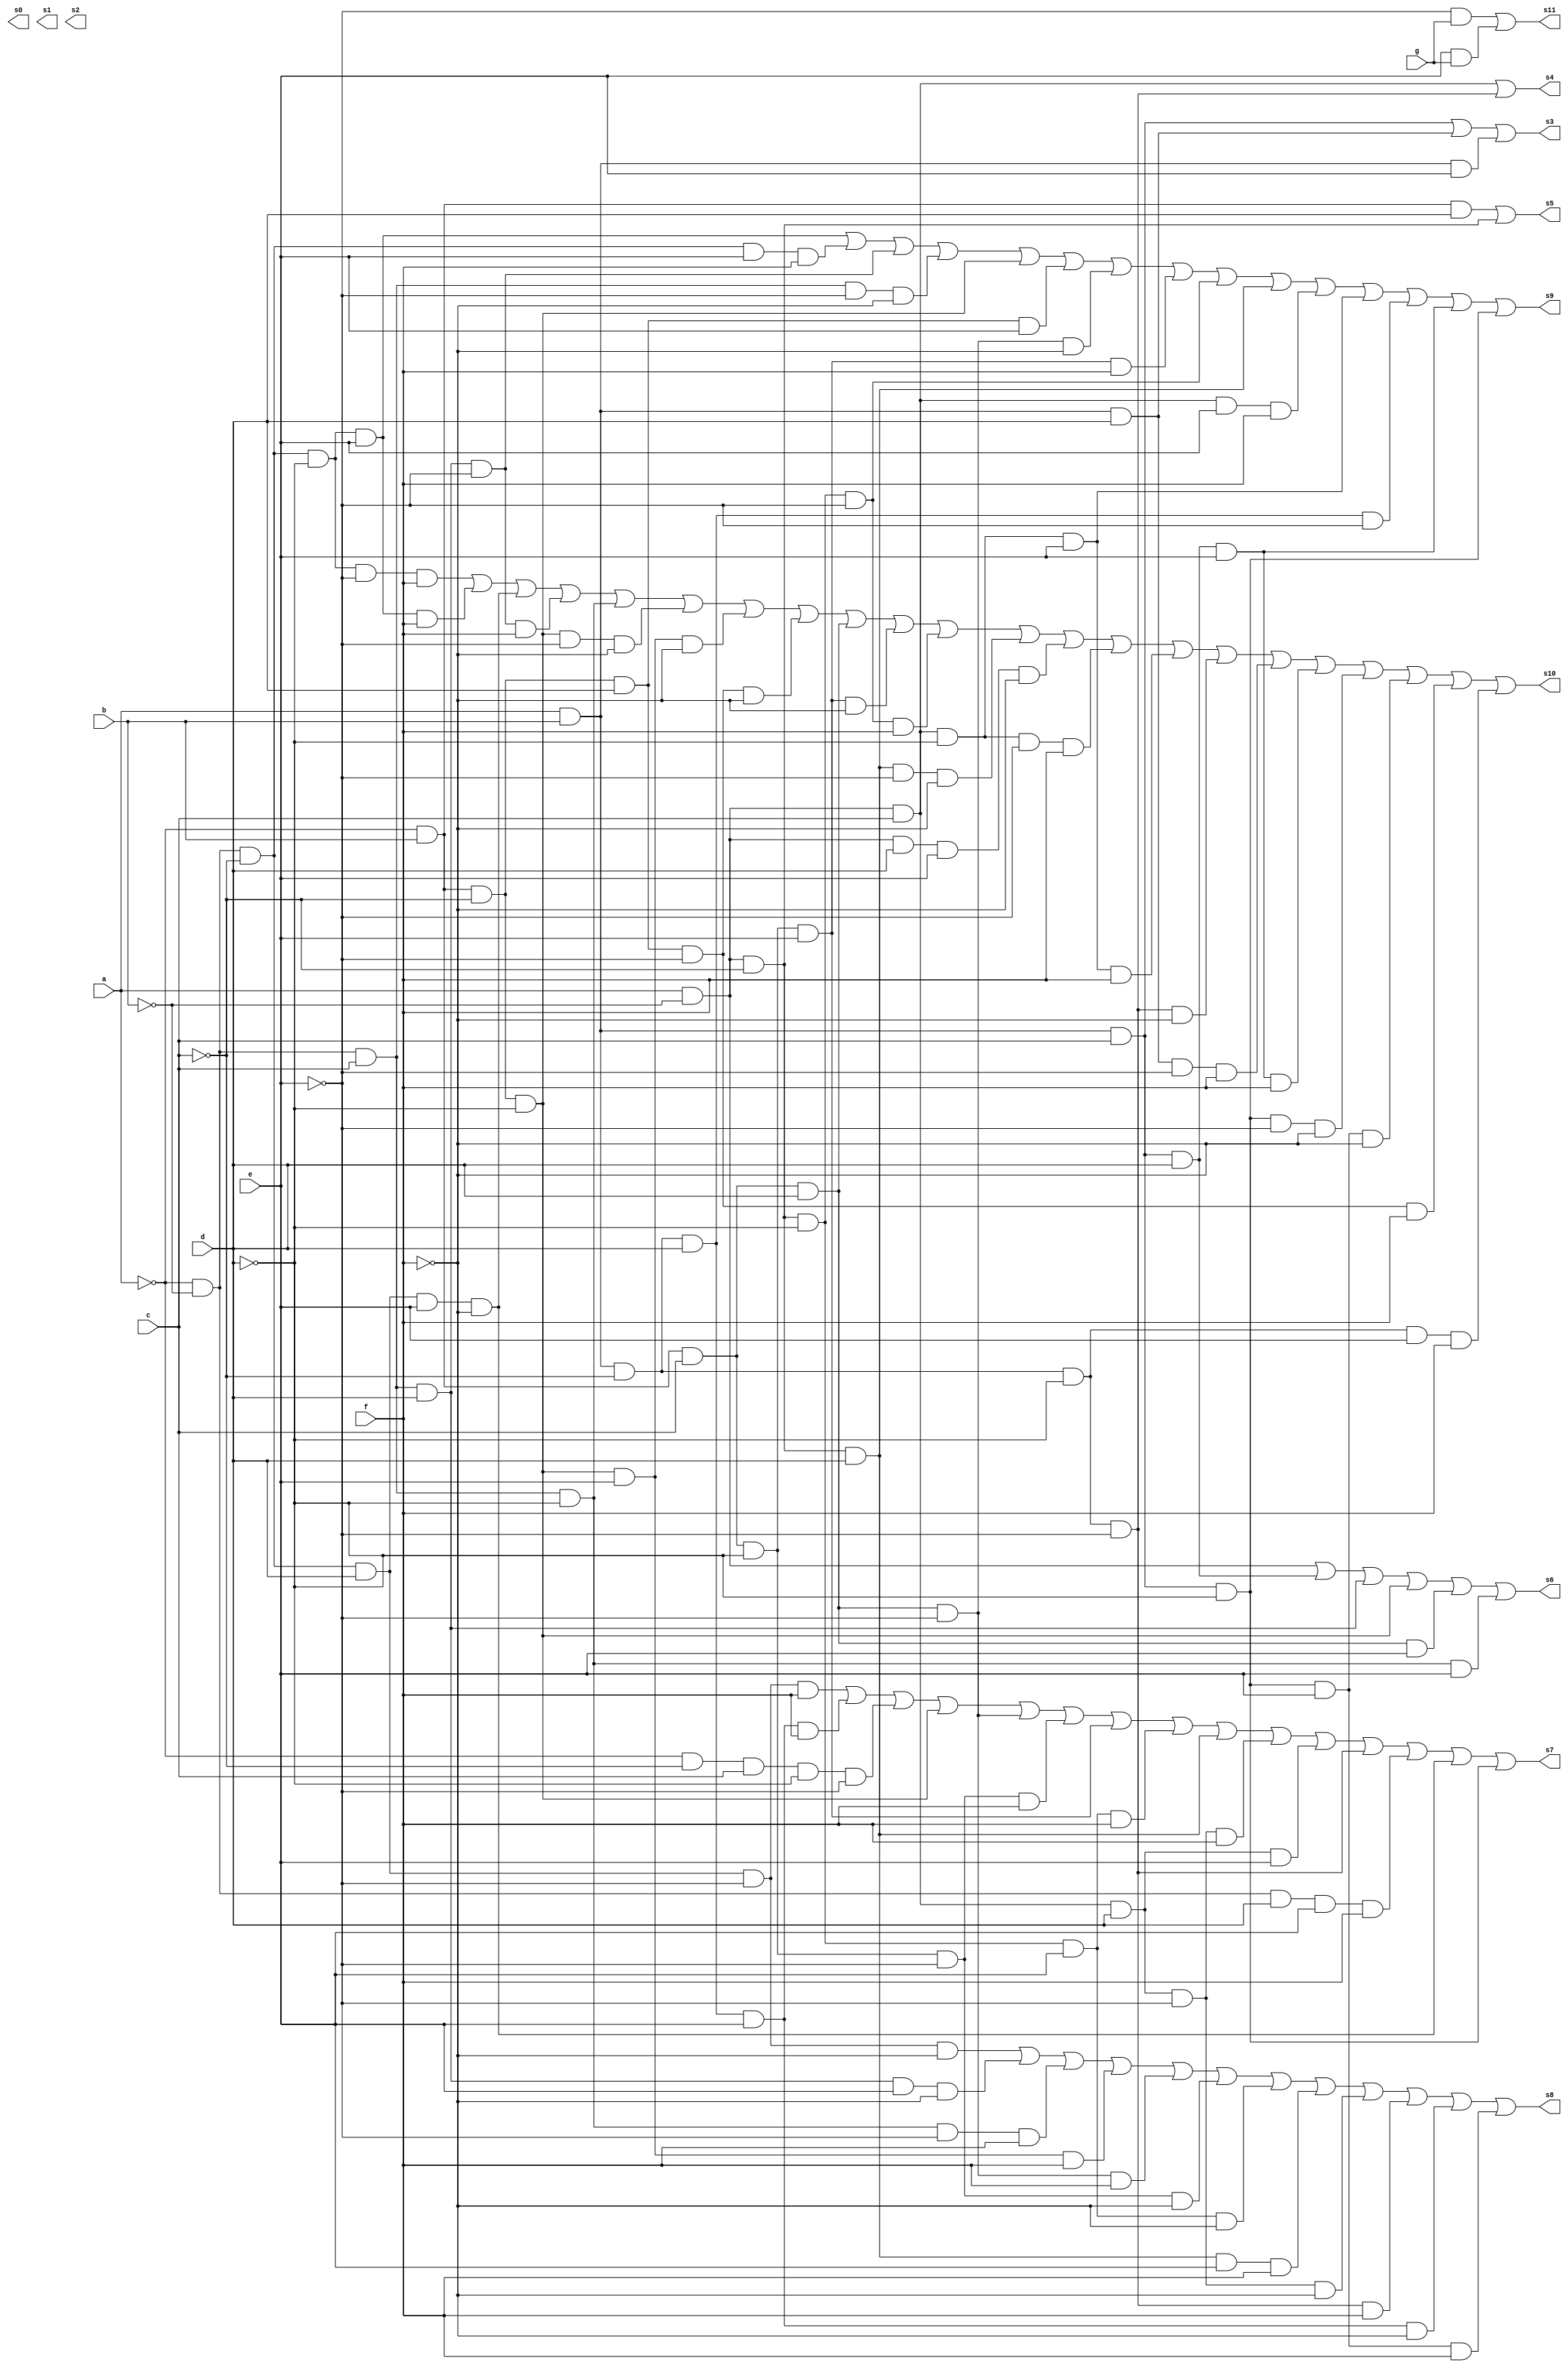
module binario_bcd(a, b, c, d, e, f, g, s0, s1, s2, s3, s4, s5, s6, s7, s8, s9, s10, s11);
	input a, b, c, d, e, f, g;
	output s0, s1, s2, s3, s4, s5, s6, s7, s8, s9, s10, s11;
	
	wire [0:80] T;
	wire [0:7] inv;
	
	not not0(inv[0], a);
	not not1(inv[1], b);
	not not2(inv[2], c);
	not not3(inv[3], d);
	not not4(inv[4], e);
	not not5(inv[5], f);

	
	//s0 = 0; s1 = 0; s2 = 0
	
	//s3 = ABC + ABD + ABE
	and and0(T[0], a, b, c);
	and and1(T[1], a, b, d);
	and and2(T[2], a, b, e);
	or or0(s3, T[0], T[1], T[2]);
	
	//s4 = A!BC +  AB!C!D!E
	and and3(T[3], a, inv[1], c);
	and and4(T[4], a, b, inv[2], inv[3], inv[4]);
	or or1(s4, T[3], T[4]);
	
	//s5 = !ABD + !D +  A!B!C
	and and76(T[76], inv[0], b, d);
	and and74(T[74], a, inv[1], inv[2]);
	or or8(s5, T[76], T[74]);

	
	//s6 = A!B + ABCD + !A!BCD + !AB!C!D + !ABCDE + !A!BC!DE
	and and5(T[5], a, inv[1]);
	and and6(T[6], a, b, c, d);
	and and7(T[7], inv[0], inv[1], c, d,);
	and and8(T[8], inv[0], b, inv[2], inv[3]);
	and and9(T[9], inv[0], b, c, d, e);
	and and10(T[10], inv[0], inv[1], c, inv[3],e);
	or or2(s6, T[5], T[6], T[7], T[8], T[9], T[10]);
	
	//s7 = !A!B!CD!EF + !A!B!CDE!F + !A!BDEF + !A!BC!D!E + !AB!C!D + !ABCD!E + !ABC!D!EF + !ABC!DE + A!B!C!DEF + A!B!CD + A!BCD!EF + A!BCDE + AB!C!D!E + AB!CDEF + ABC!D
	and and11(T[11], inv[0], inv[1], inv[2], d, inv[4], f);
	and and75(T[75], inv[0], inv[1], inv[2], d, e, inv[5]);
	and and20(T[20], inv[0], inv[1], d, e ,f);
	and and13(T[13], inv[0], inv[2], c, inv[3], inv[4]);
	and and14(T[14], inv[0], b, inv[2], inv[3]);
	and and15(T[15], inv[0], b, c, d, inv[4]);
	and and16(T[16], inv[0], b, c, inv[3], inv[4], f);
	and and17(T[17], inv[0], b, c, inv[3], e);
	and and18(T[18], a, inv[1], inv[2], inv[3], e, f);
	and and19(T[19], a, inv[1], inv[2], d);
	and and21(T[21], a, inv[1], c, d, inv[4], f);
	and and22(T[22], a, inv[1], c, d, e);
	and and23(T[23], a, b, inv[2], inv[3], inv[4]);
	and and12(T[12], a, b, inv[2], d, e ,f);
	and and79(T[79], a, b, c, inv[3]);
	or or3(s7, T[11], T[12], T[13], T[14], T[15], T[16], T[17], T[18], T[19], T[21], T[22], T[23], T[20], T[75], T[79]);
	
//s8 = !A!B!CD!E!F + !A!BCDE!F + !A!BC!D!EF + !AB!C!DEF + !ABCD!EF + !ABC!D!E!F... 
//+ A!B!C!DE!F + A!B!CDEF + A!BCD!E!F + AB!C!D!EF + AB!CDE!F + ABC!DEF
	and and24(T[24], inv[0], inv[1], inv[2], d, inv[4], inv[5]);
	and and25(T[25], inv[0], inv[1], c, d, e, inv[5]);
	and and26(T[26], inv[0], inv[1], c, inv[3], inv[4], f);
	and and27(T[27], inv[0], b, inv[2], inv[3], e, f);
	and and28(T[28], inv[0], b, c, d, inv[4], f);
	and and29(T[29], inv[0], b, c, inv[3], inv[4], inv[5]);
	and and30(T[30], a, inv[1], inv[2], inv[3], e, inv[5]);
	and and31(T[31], a, inv[1], inv[2], d, e, f);
	and and32(T[32], a, inv[1], c, d, inv[4], inv[5]);
	and and33(T[33], a, b, inv[2], inv[3], inv[4], f);
	and and34(T[34], a, b, inv[2], d, e, inv[5]);
	and and35(T[35], a, b, c, inv[3], e, f);
	or or4(s8, T[24], T[25], T[26], T[27], T[28], T[29], T[30], T[31], T[32], T[33], T[34], T[35]);

//s9 = !A!B!C!DE + !A!B!CEF + !A!BCD!E + !A!BC!E!F + !AB!C!D + !AB!CDE + !ABCD!E!F... 
//+ !ABC!DEF + A!B!C!D!E + A!B!CD + A!BCEF + A!BC!DE + AB!C!E!F + AB!CD!E + ABCDE + ABC!D
	and and36(T[36], inv[0], inv[1], inv[2], inv[3], e);
	and and37(T[37], inv[0], inv[1], inv[2], e, f);
	and and38(T[38], inv[0], inv[1], c, d, inv[4]);
	and and39(T[39], inv[0], inv[1], c, inv[4], inv[5]);
	and and40(T[40], inv[0], b, inv[2], inv[3]);
	and and41(T[41], inv[0], b, inv[2], d, e);
	and and42(T[42], inv[0], b, c, d, inv[4], inv[5]);
	and and43(T[43], inv[0], b, c, inv[3], e, f);
	and and44(T[44], a, inv[1], inv[2], inv[3], inv[4]);
	and and45(T[45], a, inv[1], inv[2], d);
	and and46(T[46], a, inv[1], c, e, f);
	and and47(T[47], a, inv[1], c, inv[3], e);
	and and48(T[48], a, b, inv[2], d, inv[4]);
	and and49(T[49], a, b, c, d, e);
	and and50(T[50], a, b, c, inv[3]);
	or or5(s9, T[36], T[37], T[38], T[39], T[40], T[41], T[42], T[43], T[44], T[45], T[46], T[47], T[48], T[49], T[50]);
	
//s10 = !A!B!C!D!EF + !A!B!C!DEF + !A!B!CDE!F + !A!BCD!EF +  !A!BC!D + !AB!C!D!E!F + !AB!C!DE!F + !AB!CD!EF  + !AB!CD!EF + !ABCD + !ABC!DE!F + A!B!C!D!EF + A!B!CD!E!F + A!BDE!F 
//+ A!BC!D!EF + A!BC!DEF + AB!C!D!E!F + AB!C!DEF + ABD!EF + ABCDEF + ABC!D!E!F + ABC!DE!F
	and and51(T[51], inv[0], inv[1], inv[2], inv[3], inv[4], f);
	and and52(T[52], inv[0], inv[1], inv[2], inv[3], e, f);
	and and53(T[53], inv[0], inv[1], inv[2], d, e, inv[5]);
	and and54(T[54], inv[0], inv[1], c, d, inv[4], f);
	and and55(T[55], inv[0], inv[1], c, inv[3]);
	and and56(T[56], inv[0], b, inv[2], inv[3], inv[4], inv[5]);
	and and57(T[57], inv[0], b, inv[2], inv[3], e, inv[5]);
	and and58(T[58], inv[0], b, inv[2], d, inv[4], inv[5]);
	and and77(T[71], inv[0], b, inv[2], d, inv[4], f);
	and and59(T[59], inv[0], b, c, d);
	and and60(T[60], inv[0], b, c, inv[3], e, inv[5]);
	and and61(T[61], a, inv[1], inv[2], inv[3], inv[4], f);
	and and62(T[62], a, inv[1], inv[2], d, inv[4], inv[5]);
	and and63(T[63], a, inv[1], d, e, inv[5]);
	and and64(T[64], a, inv[1], c, inv[3], inv[4], f);
	and and65(T[65], a, inv[1], c, inv[3], e, f);
	and and66(T[66], a, b, inv[2], inv[3], inv[4], inv[5]);
	and and78(T[78], a, b, inv[2], inv[3], e, f);
	and and67(T[67], a, b, d, inv[4], f);
	and and68(T[68], a, b, c, d, e, f);
	and and69(T[69], a, b, c, inv[3], inv[4], inv[5]);
	and and70(T[70], a, b, c, inv[3], e, inv[5]);
	or or6(s10, T[51], T[52], T[53], T[54], T[55], T[56], T[57], T[58], T[59], T[60], T[61], T[62], T[63], T[64], T[65], T[66], T[67], T[68], T[69], T[70], T[71], T[78]);
	
//s11 = !EG + EG
	and and72(T[72], inv[4], g);
	and and73(T[73], e, g);
	or or7(s11, T[72], T[73]);
	
endmodule